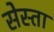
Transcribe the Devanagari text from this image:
सेस्ता